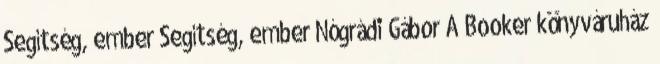
Segítség, ember Segítség, ember Nógrádi Gábor A Booker könyváruház